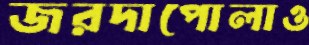
জরদাপোলাও